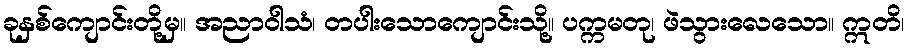
ခုနှစ်ကျောင်းတို့မှ။ အညာဝါသံ၊ တပါးသောကျောင်းသို့။ ပက္ကမတု၊ ဖဲသွားလေသော။ ဣတိ၊